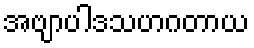
အဗျာပါဒသဟဂတာယ